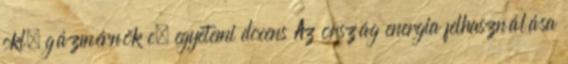
okl. gázmérnök c. egyetemi docens Az ország energia felhasználása